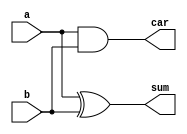
module ha(sum,car,a,b);
  input a,b;
  output sum,car;
  xor(sum,a,b);
  and(car,a,b);
endmodule